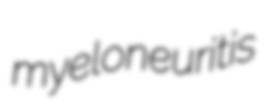
myeloneuritis